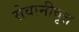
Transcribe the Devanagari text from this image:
सेवानीवृत्त